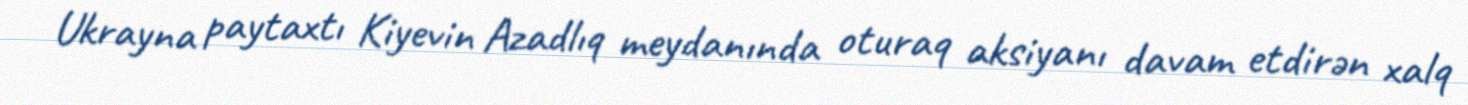
Ukrayna paytaxtı Kiyevin Azadlıq meydanında oturaq aksiyanı davam etdirən xalq